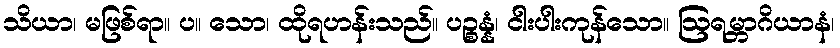
သိယာ၊ မဖြစ်ရာ။ ပ။ သော၊ ထိုရဟန်းသည်။ ပဉ္စန္နံ၊ ငါးပါးကုန်သော။ ဩရမ္ဘာဂိယာနံ၊